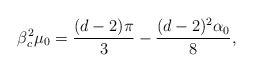
\begin{align*}\beta_c^2 \mu_0 = \frac{(d-2)\pi}{3}- \frac{(d-2)^2\alpha_0}{8},\end{align*}